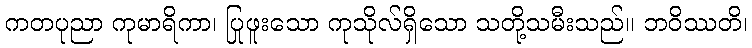
ကတပုညာ ကုမာရိကာ၊ ပြုဖူးသော ကုသိုလ်ရှိသော သတို့သမီးသည်။ ဘဝိဿတိ၊